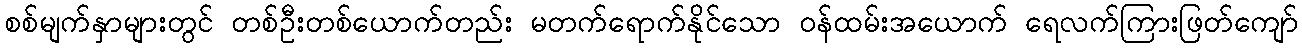
စစ်မျက်နှာများတွင် တစ်ဦးတစ်ယောက်တည်း မတက်ရောက်နိုင်သော ဝန်ထမ်းအယောက် ရေလက်ကြားဖြတ်ကျော်